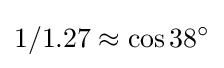
1/1.27\approx \cos 38^{\circ }